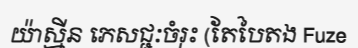
យ៉ាស្មីន ភេសជ្ជៈចំរុះ (តែបៃតង Fuze